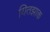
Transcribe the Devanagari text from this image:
यितझाक